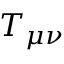
T _ { \mu \nu }